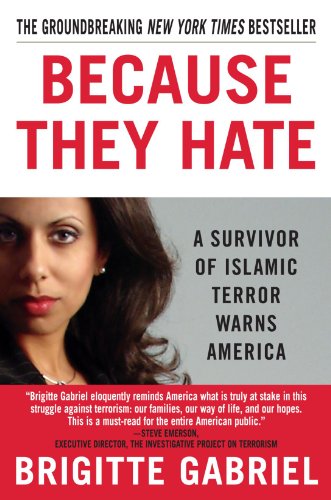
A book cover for Because They Hate: A Survivor of Islamic Terror Warns America; Brigitte Gabriel; Biographies & Memoirs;